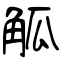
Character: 觚